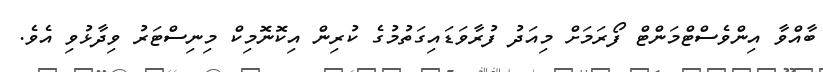
ބާއްވާ އިންވެސްޓްމަންޓް ފޯރަމަށް މިއަދު ފުރާވަޑައިގަތުމުގެ ކުރިން އިކޮނޮމިކް މިނިސްޓަރު ވިދާޅުވި އެވެ.